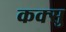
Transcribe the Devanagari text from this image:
कक्सु